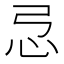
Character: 𢗂